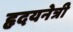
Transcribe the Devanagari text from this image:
हृदयनेत्री